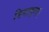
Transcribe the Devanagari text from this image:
बिगाड़ना।